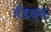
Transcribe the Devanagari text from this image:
हँडबुक